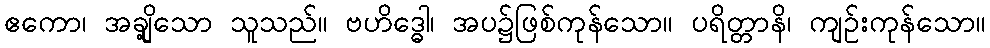
ဧကော၊ အချို့သော သူသည်။ ဗဟိဒ္ဓေါ၊ အပ၌ဖြစ်ကုန်သော။ ပရိတ္တာနိ၊ ကျဉ်းကုန်သော။